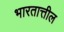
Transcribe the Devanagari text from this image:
भारतात्तील